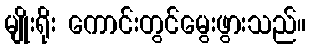
မျိုးရိုး ကောင်းတွင်မွေးဖွားသည်။